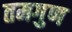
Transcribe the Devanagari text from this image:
तमगुण